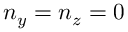
n _ { y } = n _ { z } = 0